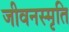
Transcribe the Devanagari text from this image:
जीवनस्मृति